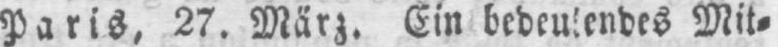
Paris, 27. März. Ein bedeutendes Mit⸗